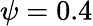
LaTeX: \psi=0.4